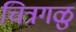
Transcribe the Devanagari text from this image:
चित्रगळु